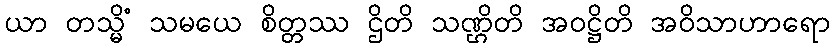
ယာ တသ္မိံ သမယေ စိတ္တဿ ဌိတိ သဏ္ဌိတိ အဝဋ္ဌိတိ အဝိသာဟာရော